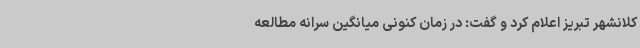
کلانشهر تبریز اعلام کرد و گفت: در زمان کنونی میانگین سرانه مطالعه